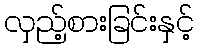
လှည့်စားခြင်းနှင့်